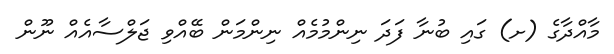
މާއްދާގެ (ށ) ގައި ބުނާ ފަދަ ނިންމުމެއް ނިންމަން ބޭއްވި ޖަލްސާއެއް ނޫން